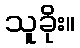
သူခိုး။